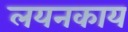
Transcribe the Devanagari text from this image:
लयनकाय